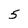
Character: 5